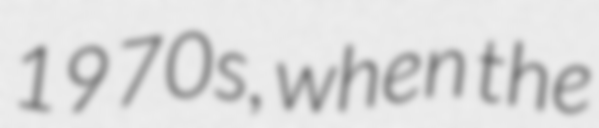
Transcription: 1970s, when the